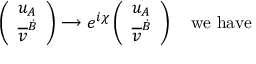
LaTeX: \left( \begin{array} { l } { { u _ { A } } } \\ { { \overline { { { v } } } ^ { \dot { B } } } } \end{array} \right) \longrightarrow e ^ { i \chi } \left( \begin{array} { l } { { u _ { A } } } \\ { { \overline { { { v } } } ^ { \dot { B } } } } \end{array} \right) \ \ \ \mathrm { w e ~ h a v e }